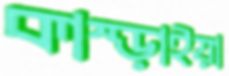
কাম্‌ড়াইয়া